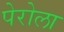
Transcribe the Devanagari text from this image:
पेरोला